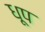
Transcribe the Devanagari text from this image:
ध़ूप